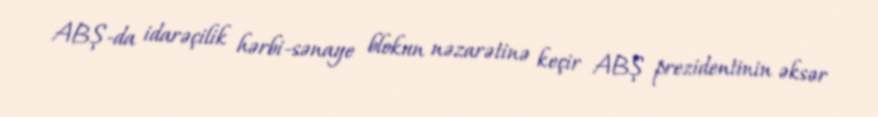
ABŞ-da idarəçilik hərbi-sənaye blokun nəzarətinə keçir ABŞ prezidentinin əksər